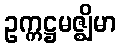
ဥက္ကဋ္ဌမဇ္ဈိမာ